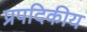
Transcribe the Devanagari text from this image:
प्रपदिकीय